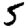
Digit: 5